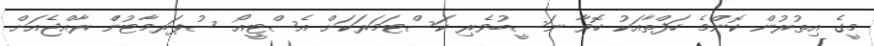
މީގެ އިތުރުން ކޮންމެ ހަފްތާއަކު ހޮވާ ނަސީބުވެރި ކަސްޓަމަރަކަށް އެސްޓީއޯ ސުޕަރމާޓުންް ރާއްޖެއަށް